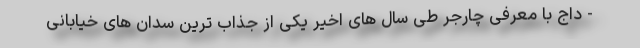
- داج با معرفی چارجر طی سال های اخیر یکی از جذاب ترین سدان های خیابانی